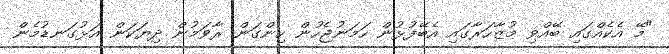
"މޭ އެކެއްގައި ބޭއްވި މުޒާހަރާގައި އެބޭފުޅުން ހަމަނުޖެހުން ހިންގަން ރާވަމުން ދިޔަކަން އަޅުގަނޑުމެން